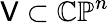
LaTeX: \mathsf{V}\subset\mathbb{{CP}}^{n}